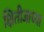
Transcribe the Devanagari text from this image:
क्षितीजाच्या